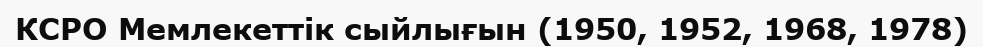
КСРО Мемлекеттік сыйлығын (1950, 1952, 1968, 1978)